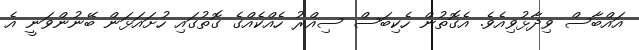
އައްބާސް ވިދާޅުވިއެވެ. އެގޮތުން ހެކިބަސް ސިއްރު ހެއްކެއްގެ ގޮތުގައި ހުށައަޅަން ބޭނުންވަނީ އެ